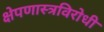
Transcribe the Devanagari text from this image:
क्षेपणास्त्रविरोधी